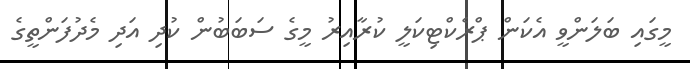
މީގައި ބަލަންވީ އެކަން ޕްރެކްޓިކަލީ ކުރާއިރު މީގެ ސަބަބުން ކުދި އަދި މެދުފަންތީގެ